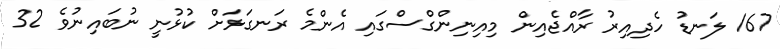
167 ލަނޑު ހެދިއިރު ރާއްޖެއިން މިއިނިންގްސްގައި އެންމެ ރަނގަޅަށް ކުޅުނީ ނުބައިނުވެ 32